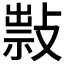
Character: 𢿆